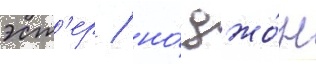
эст'ер / но́ джо́н